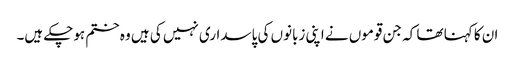
ان کا کہنا تھا کہ جن قوموں نے اپنی زبانوں کی پاسداری نہیں کی ہیں وہ ختم ہوچکے ہیں۔